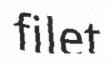
filet